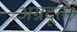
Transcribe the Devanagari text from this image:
अग्रदूत३